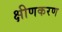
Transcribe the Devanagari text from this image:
क्षीणकरण